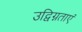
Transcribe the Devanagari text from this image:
उद्विग्नताएं